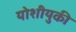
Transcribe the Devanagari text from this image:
योशीयुकी